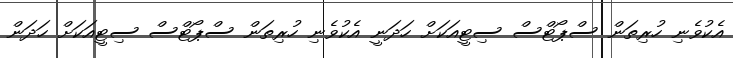
އެކުވެނި ހުރިތަން ސްޕޯޓްސް ސިޓީއަކަށް ހަދަނީ އެކުވެނި ހުރިތަން ސްޕޯޓްސް ސިޓީއަކަށް ހަދަން